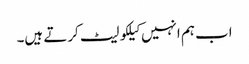
اب ہم انہیں کیلکولیٹ کرتے ہیں۔